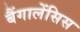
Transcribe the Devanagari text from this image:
बैंगालेंसिस